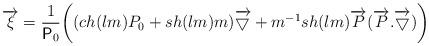
LaTeX: \begin{align*}\overrightarrow{\xi}= \frac{1}{\textsf{P}_0}\biggl((ch(lm)P_0+sh(lm)m)\overrightarrow{\bigtriangledown} +m^{-1}sh(lm) \overrightarrow{P}(\overrightarrow{P}.\overrightarrow{\bigtriangledown})\biggr)\end{align*}